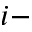
i -